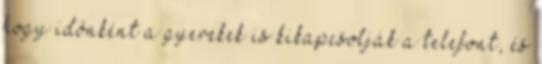
hogy időnként a gyerekek is kikapcsolják a telefont, és